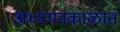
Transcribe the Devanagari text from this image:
अध्ययनकाळात